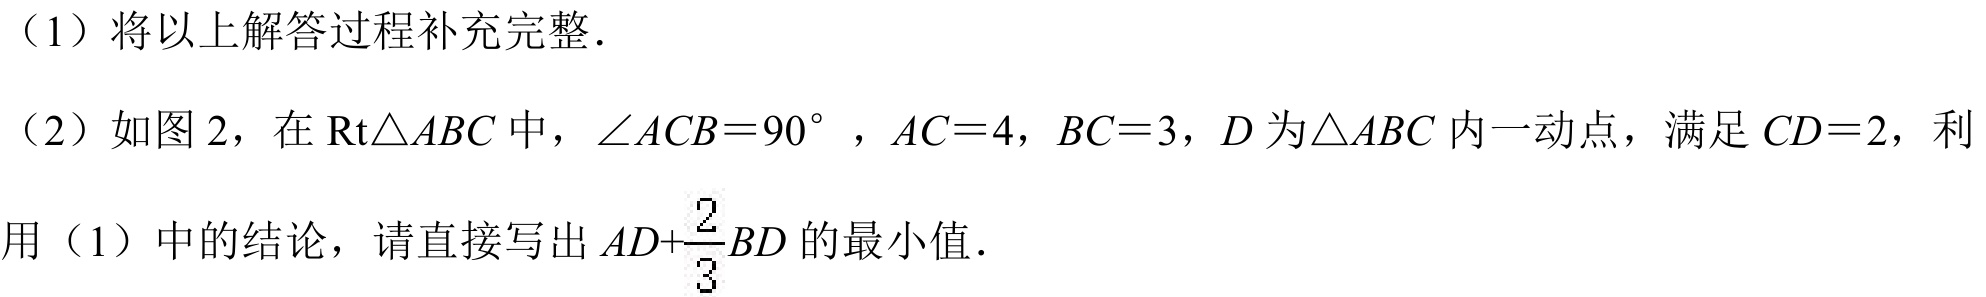
（1）将以上解答过程补充完整.
（2）如图2，在\(\text{Rt}\triangle ABC\)中，\(\angle ACB = 90^{\circ}\)，\(AC = 4\)，\(BC = 3\)，\(D\)为\(\triangle ABC\)内一动点，满足\(CD = 2\)，利用（1）中的结论，请直接写出\(AD+\frac{2}{3}BD\)的最小值.